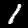
Digit: 1